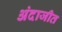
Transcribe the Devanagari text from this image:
अंदाजीत